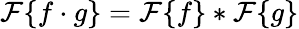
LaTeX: {\mathcal{F}}\{ f\cdot g\} ={\mathcal{F}}\{ f\} *{\mathcal{F}}\{ g\}